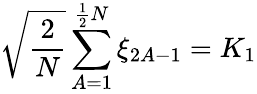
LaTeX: \sqrt{\frac{2}{N}}\sum_{A=1}^{\frac{1}{2}N}\xi_{2A-1}=K_{1}